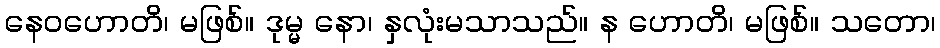
နေဝဟောတိ၊ မဖြစ်။ ဒုမ္မ နော၊ နှလုံးမသာသည်။ န ဟောတိ၊ မဖြစ်။ သတော၊